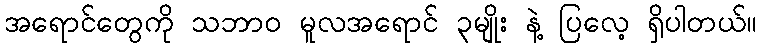
အရောင်တွေကို သဘာ၀ မူလအရောင် ၃မျိုး နဲ့ ပြလေ့ ရှိပါတယ်။